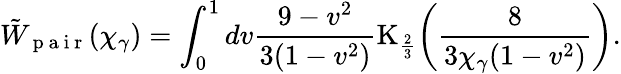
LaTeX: \tilde{W}_{\mathrm{~p~a~i~r~}}(\chi_{\gamma})=\int_{0}^{1}{dv\frac{9-v^{2}}{3(1-v^{2})}\mathrm{K}_{\frac{2}{3}}\biggl(\frac{8}{3\chi_{\gamma}(1-v^{2})}\biggr)}.